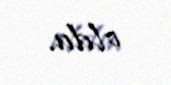
oldu.